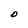
Character: O